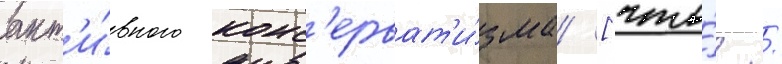
акт'и́вного конс'ерват'и́зма [что́? /